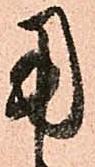
用